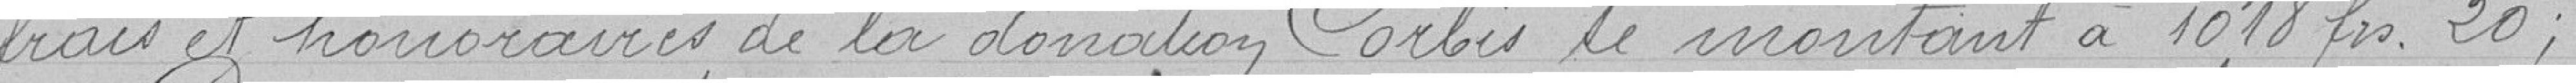
frais et honoraires de la donation Corbis se montant à 1018 francs 20;